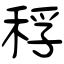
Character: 稃